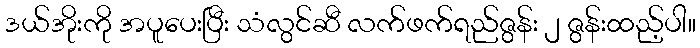
ဒယ်အိုးကို အပူပေးပြီး သံလွင်ဆီ လက်ဖက်ရည်ဇွန်း ၂ ဇွန်းထည့်ပါ။